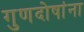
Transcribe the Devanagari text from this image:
गुणदोषांना